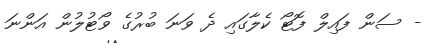
- ސަން ފައިލް ފޮޓޯ ކެލާގައި ދެ ވަނަ ބުރުގެ ވޯޓުލުން އަންނަ